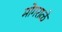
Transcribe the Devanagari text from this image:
मोगराळे